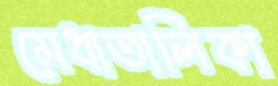
মেধাতালিকা